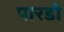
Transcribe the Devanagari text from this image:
पारडो